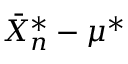
{ \bar { X } } _ { n } ^ { * } - \mu ^ { * }